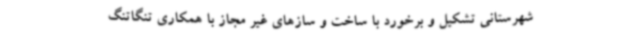
شهرستانی تشکیل و برخورد با ساخت و سازهای غیر مجاز با همکاری تنگاتنگ